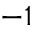
- 1